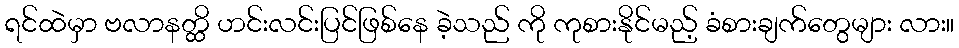
ရင်ထဲမှာ ဗလာနတ္ထိ ဟင်းလင်းပြင်ဖြစ်နေ ခဲ့သည် ကို ကုစားနိုင်မည့် ခံစားချက်တွေများ လား။